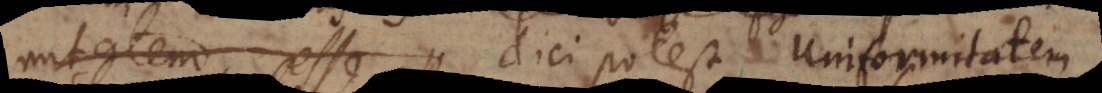
mitatem esse dici potest uniformitatem